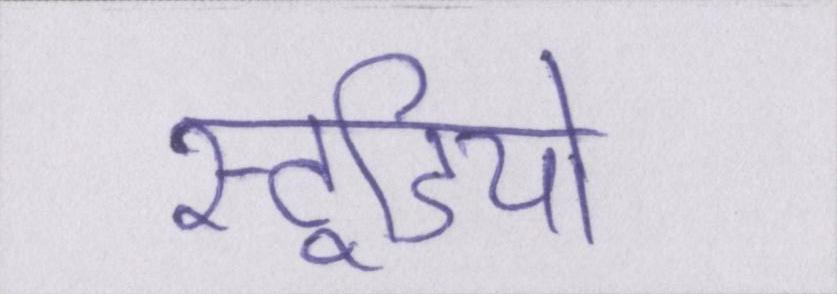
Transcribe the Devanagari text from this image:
स्टूडियो